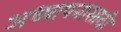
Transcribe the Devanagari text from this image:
अध्यापनासाठी